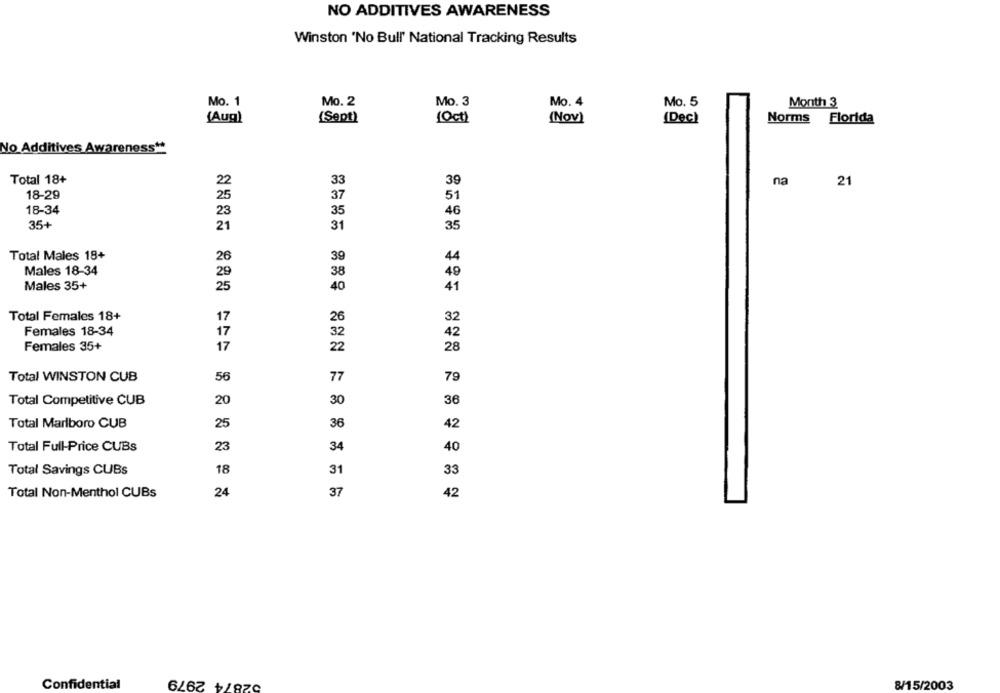
NO ADDITIVES AWARENESS
Winston 'No Bull' National Tracking Results
Mo. 1
Mo. 2
Mo. 3
Mo. 4
Mo. 5
Month 3
(Aug)
(Sept)
(0ct)
(Nov)
(Dec)
Norms Florida
No Additives Awareness **
Total 18+
22
33
39
na
21
25
18-29
51
18-34
46
35+
21
31
35
Total Males 18+
26
39
44
Males 18-34
29
40
Males 35+
25
41
Total Females 18+
17
26
32
Females 18-34
17
42
Females 35+
22
17
28
Total WINSTON CUB
56
77
79
Total Competitive CUB
20
30
36
Total Marlboro CUB
25
36
42
Total Full-Price CUBs
23
34
40
Total Savings CUBs
18
31
33
24
Total Non-Menthol CUBs
37
42
52874 2979
Confidential
8/15/2003